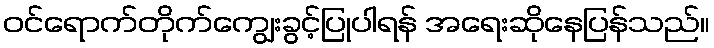
ဝင်ရောက်တိုက်ကျွေးခွင့်ပြုပါရန် အရေးဆိုနေပြန်သည်။